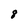
Character: 8